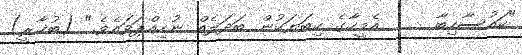
"ކައުސާހިބާ     އެމީހާގެ ކިބަޔަކުން ބަދަލެއް ނުހިއްޕަވައެވެ." (ބުޚާރީ)